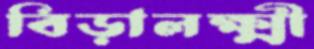
বিড়ালক্ষ্মী